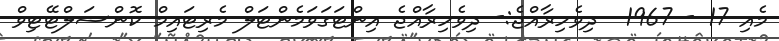
މެއި 17 - 1967  ދިވެހިރާއްޖެ:- ދިވެހިރާއްޖެ އިންޓަގަވަމެންޓަލް މެރިޓައިމް ކޮންސަލްޓޭޓިވް